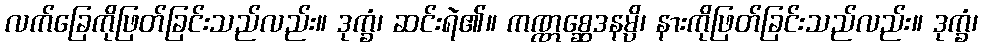
လက်ခြေကိုဖြတ်ခြင်းသည်လည်း။ ဒုက္ခံ၊ ဆင်းရဲ၏။ ကဏ္ဏစ္ဆေဒနမ္ပိ၊ နားကိုဖြတ်ခြင်းသည်လည်း။ ဒုက္ခံ၊